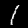
Digit: 1